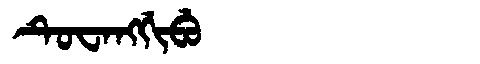
Manchu: ᡨᡠᠸᠠᠩᡤᡳᠪᡠ
Romanization: TUWANGGIBU